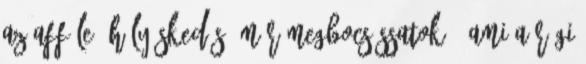
az afféle "hülyéskedés" már megbocsássatok , ami a régi